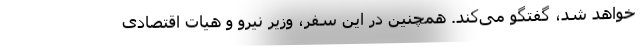
خواهد شد، گفتگو می‌کند. همچنین در این سفر، وزیر نیرو و هیات اقتصادی